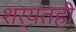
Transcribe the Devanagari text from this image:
शर्यतही